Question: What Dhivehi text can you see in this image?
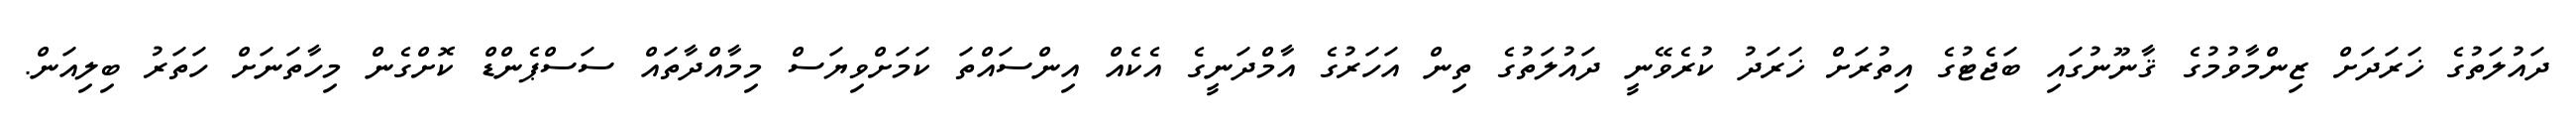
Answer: ދައުލަތުގެ ޚަރަދަށް ޒިންމާވުމުގެ ޤާނޫނުގައި ބަޖެޓުގެ އިތުރަށް ޚަރަދު ކުރެވޭނީ ދައުލަތުގެ ތިން އަހަރުގެ އާމްދަނީގެ އެކެއް އިންސައްތަ ކަމަށްވިޔަސް މިމާއްދާތައް ސަސްޕެންޑް ކޮށްގެން މިހާތަނަށް ހަތަރު ބިލިއަން.